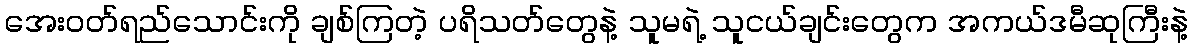
အေးဝတ်ရည်သောင်းကို ချစ်ကြတဲ့ ပရိသတ်တွေနဲ့ သူမရဲ့ သူငယ်ချင်းတွေက အကယ်ဒမီဆုကြီးနဲ့